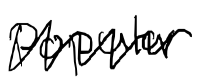
Text: popular
Cross-out: zig-zag
Writing tool: digital_black